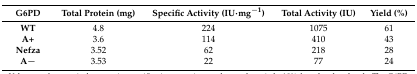
| G6PD | Total Protein (mg) | Specific Activity (IU·mg−1) | Total Activity (IU) | Yield (%) |
 | --- | --- | --- | --- | --- |
 | WT | 4.8 | 224 | 1075 | 61 |
 | A+ | 3.6 | 114 | 410 | 43 |
 | Nefza | 3.52 | 62 | 218 | 28 |
 | A− | 3.53 | 22 | 77 | 24 |